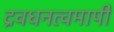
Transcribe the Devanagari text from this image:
द्रवधनत्वमापी